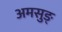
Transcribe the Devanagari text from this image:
अमसुङ्